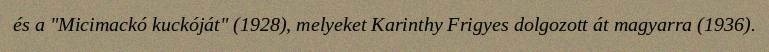
és a "Micimackó kuckóját" (1928), melyeket Karinthy Frigyes dolgozott át magyarra (1936).